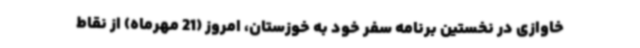
خاوازی در نخستین برنامه سفر خود به خوزستان، امروز (21 مهرماه) از نقاط